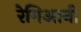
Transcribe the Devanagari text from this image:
रेगिआनी